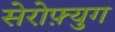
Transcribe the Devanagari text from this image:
सेरोफ़्युग